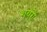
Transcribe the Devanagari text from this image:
शयरॊं